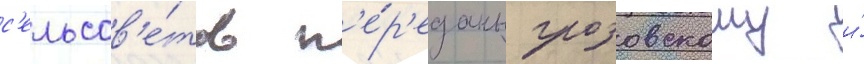
с'ельсов'е́тов п'е́р'еданы грозовскому и́